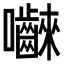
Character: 𭍐